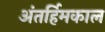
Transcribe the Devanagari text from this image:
अंतर्हिमकाल